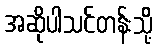
အဆိုပါသင်တန်းသို့